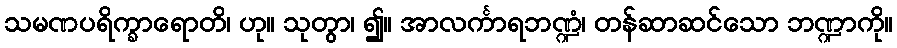
သမဏပရိက္ခာရောတိ၊ ဟု။ သုတွာ၊ ၍။ အာလင်္ကာရဘဏ္ဍံ၊ တန်ဆာဆင်သော ဘဏ္ဍာကို။